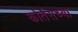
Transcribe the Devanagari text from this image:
कोर्तेसच्या